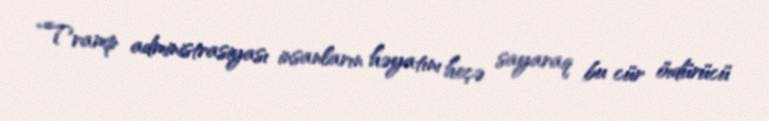
“Tramp administrasiyası insanların həyatını heçə sayaraq bu cür öıdürücü